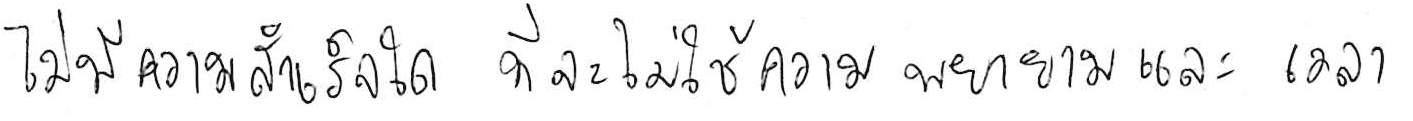
ไม่มีความสำเร็จใด ที่จะไม่ใช้ความพยายามและเวลา